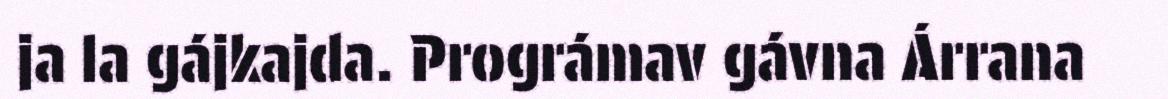
ja la gájkajda. Prográmav gávna Árrana